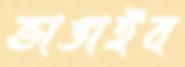
ভাঙাইব